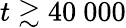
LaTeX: t\gtrsim 40~000